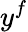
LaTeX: y^{f}